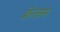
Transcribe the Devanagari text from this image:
फ्रेतास